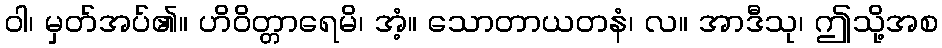
ဝါ၊ မှတ်အပ်၏။ ဟိဝိတ္တာရေမိ၊ အံ့။ သောတာယတနံ၊ လ။ အာဒီသု၊ ဤသို့အစ